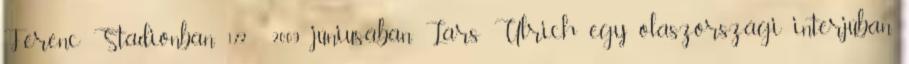
Ferenc Stadionban. 172 2009 júniusában Lars Ulrich egy olaszországi interjúban